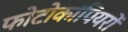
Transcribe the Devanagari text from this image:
फोटोकॉपियरों